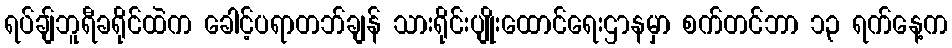
ရပ်ချ်ဘူရီခရိုင်ထဲက ခေါင့်ပရာတဘ်ချန် သားရိုင်းပျိုးထောင်ရေးဌာနမှာ စက်တင်ဘာ ၁၃ ရက်နေ့က